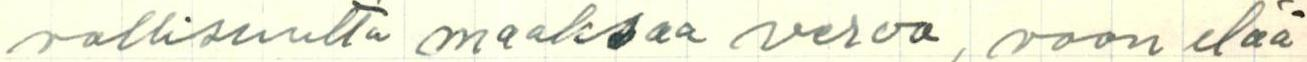
vollisuutta maaksaa veroa, vaan elää